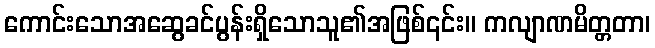
ကောင်းသောအဆွေခင်ပွန်းရှိသောသူ၏အဖြစ်၎င်း။ ကလျာဏမိတ္တတာ၊